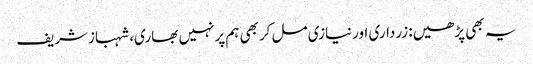
یہ بھی پڑھیں: زرداری اورنیازی مل کربھی ہم پرنہیں بھاری، شہبازشریف